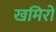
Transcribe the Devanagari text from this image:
खमिरों